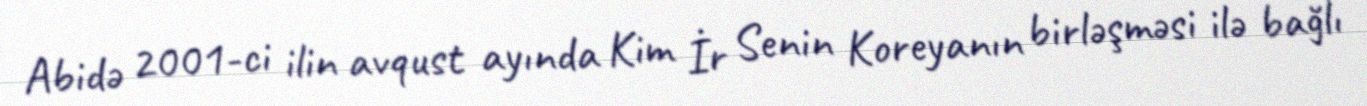
Abidə 2001-ci ilin avqust ayında Kim İr Senin Koreyanın birləşməsi ilə bağlı